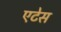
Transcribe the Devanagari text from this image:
एटेस